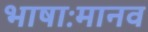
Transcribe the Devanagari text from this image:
भाषाःमानव